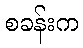
စခန်းက